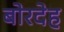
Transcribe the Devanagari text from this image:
बोरदेह